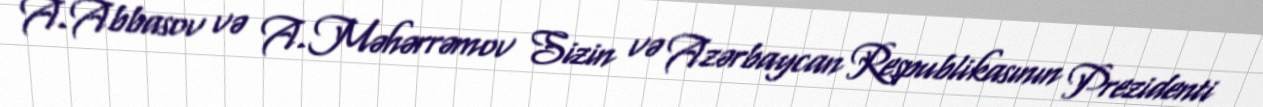
A.Abbasov və A.Məhərrəmov Sizin və Azərbaycan Respublikasının Prezidenti